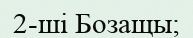
2-ші Бозащы;